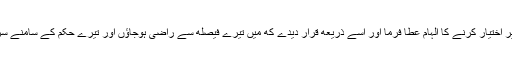
(2) مجهے راه خیر اختیار کرنے کا الہام عطا فرما اور اسے ذریعه قرار دیدے که میں تیرے فیصله سے راضی ہوجاؤں اور تیرے حکم کے سامنے سر تسلیم خم کردوں۔